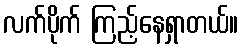
လက်ပိုက် ကြည့်နေရှာတယ်။